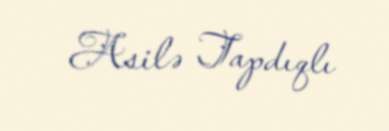
Asilə Tapdıqlı